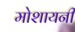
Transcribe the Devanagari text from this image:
मोशायनी